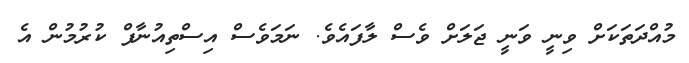
މުއްދަތަކަށް ވިނީ ވަނީ ޖަލަށް ވެސް ލާފައެވެ. ނަމަވެސް އިސްތިއުނާފް ކުރުމުން އެ